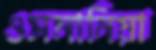
ওসমানিয়া